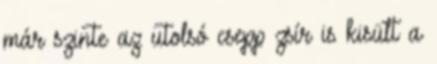
már szinte az utolsó csepp zsír is kisült a